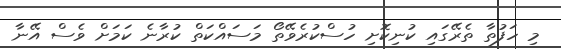
މި ހަފުތާ ތެރޭގައި ކުނިކޮށި ހުސްކުރެވޭތޯ މަސައްކަތް ކުރާނެ ކަމަށް ވެސް އޭނާ